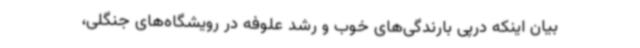
بیان اینکه درپی بارندگی‌های خوب و رشد علوفه در رویشگاه‌های جنگلی،